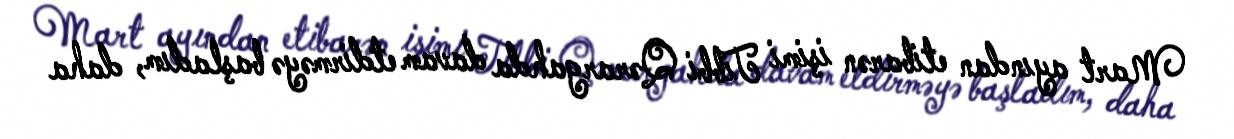
Mart ayından etibarən işimi Tibbi Qərargahda davam etdirməyə başladım, daha